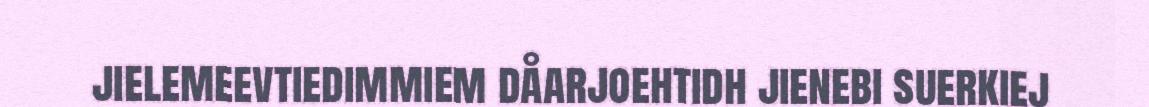
jielemeevtiedimmiem dåarjoehtidh jienebi suerkiej